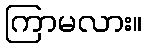
ကြာမလား။